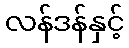
လန်ဒန်နှင့်